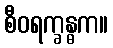
စီဝရက္ခန္ဓက။